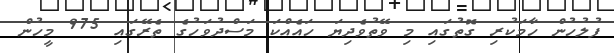
ފުލުހުން ހާމަކުރި ގޮތުގައި މި ވޭތުވެދިޔަ ހައެއްކަ މަސްދުވަހުގެ ތެރޭގައި 975 މީހުން